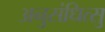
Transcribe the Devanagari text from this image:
अनुसंधित्सु